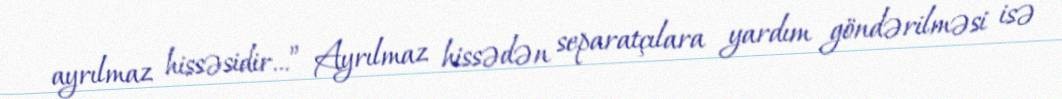
ayrılmaz hissəsidir...” Ayrılmaz hissədən separatçılara yardım göndərilməsi isə